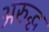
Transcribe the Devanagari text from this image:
अरुद्ध